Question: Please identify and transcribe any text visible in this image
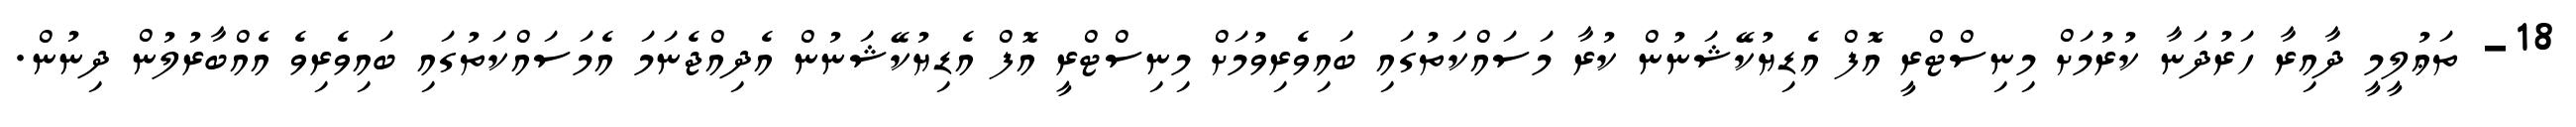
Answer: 18- ތަޢުލީމީ ދާއިރާ ހަރުދަނާ ކުރުމަށް މިނިސްޓްރީ އޮފް އެޑިޔުކޭޝަނުން ކުރާ މަސައްކަތުގައި ބައިވެރިވުމަށް މިނިސްޓްރީ އޮފް އެޑިޔުކޭޝަނުން އެދިއްޖެނަމަ އެމަސައްކަތުގައި ބައިވެރިވެ އެއްބާރުލުން ދިނުން.